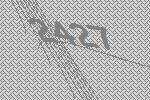
2427